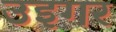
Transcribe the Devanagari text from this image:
उइगर